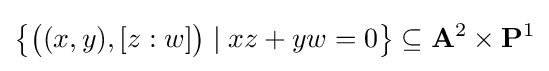
{\bigl \{}{\bigl (}(x,y),[z:w]{\bigr )}\mid xz+yw=0{\bigr \}}\subseteq \mathbf {A} ^{2}\times \mathbf {P} ^{1}